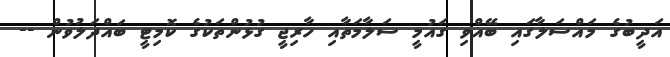
އަދީބުގެ މައްސަލާގައި ބޭއްވި ގައުމީ ސަލާމަތާއި ހާރިޖީ ގުޅުންތަކުގެ ކޮމިޓީ ބައްދަލުވުން --